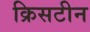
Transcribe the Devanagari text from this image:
क्रिसटीन